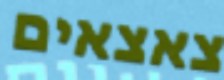
צאצאים